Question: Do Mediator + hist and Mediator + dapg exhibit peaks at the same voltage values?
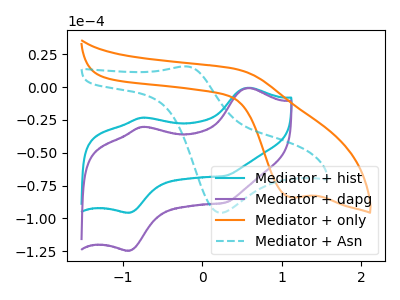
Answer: <think>The cyan curve "Mediator + hist" has anodic peaks at (0.55V, -0.55uA) (-0.75V, -23.25uA) and cathodic peaks at (-0.95V, -95.50uA) (0.30V, -67.60uA). The purple curve "Mediator + dapg" has anodic peaks at (0.55V, -0.70uA) (-0.75V, -30.25uA) and cathodic peaks at (-0.95V, -124.40uA) (0.30V, -88.05uA). The orange curve "Mediator + only" has a cathodic peak at: (1.10V, -83.90uA). The cyan dashed curve "Mediator + Asn" has an anodic peak at (-0.20V, 15.75uA) and a cathodic peak at (0.20V, -95.70uA).</think>
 <answer>Yes, "Mediator + hist" have a peak in "Mediator + dapg" at the same potential.</answer>
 <eval>match</eval>